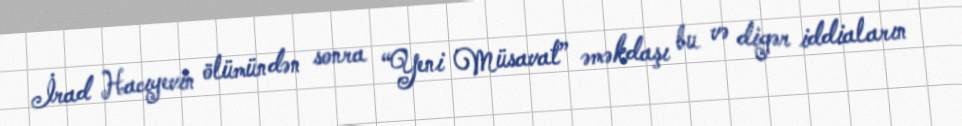
İrad Hacıyevin ölümündən sonra “Yeni Müsavat” əməkdaşı bu və digər iddiaların